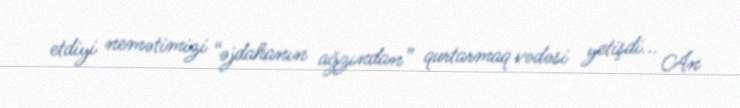
etdiyi nemətimizi “əjdahanın ağzından” qurtarmaq vədəsi yetişdi... An